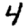
Digit: 4